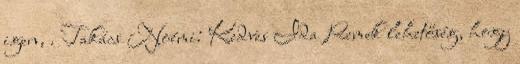
igen, . Takács Noémi: Kedves Ida Remek lehetőség, hogy